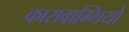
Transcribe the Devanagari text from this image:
कारावाग्गियो